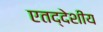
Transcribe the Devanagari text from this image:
एतद्‍देशीय